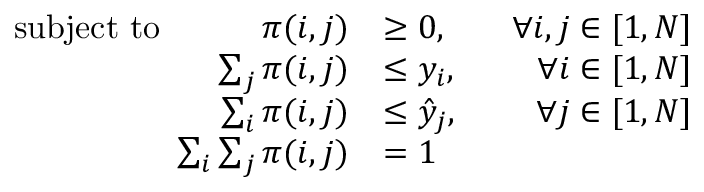
\begin{array} { r l r } { \mathrm { s u b j e c t ~ t o } ~ ~ ~ ~ ~ ~ ~ ~ ~ \pi ( i , j ) } & { \geq 0 , ~ ~ ~ } & { \forall i , j \in [ 1 , N ] } \\ { \sum _ { j } \pi ( i , j ) } & { \leq y _ { i } , ~ ~ } & { \forall i \in [ 1 , N ] } \\ { \sum _ { i } \pi ( i , j ) } & { \leq \hat { y } _ { j } , ~ ~ } & { \forall j \in [ 1 , N ] } \\ { \sum _ { i } \sum _ { j } \pi ( i , j ) } & { = 1 ~ ~ } & \end{array}